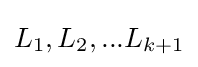
L_{1},L_{2},...L_{k+1}